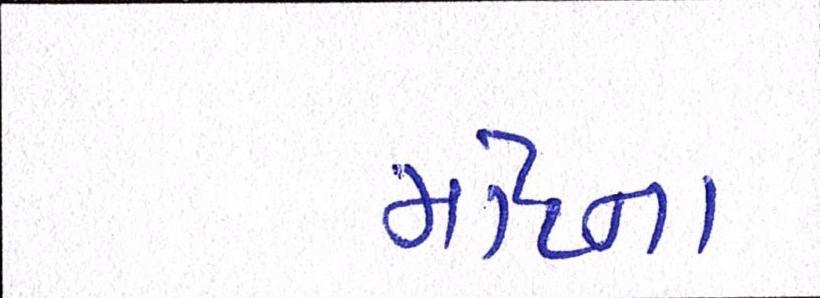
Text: માટેના